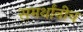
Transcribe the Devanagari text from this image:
समर्थांनीच